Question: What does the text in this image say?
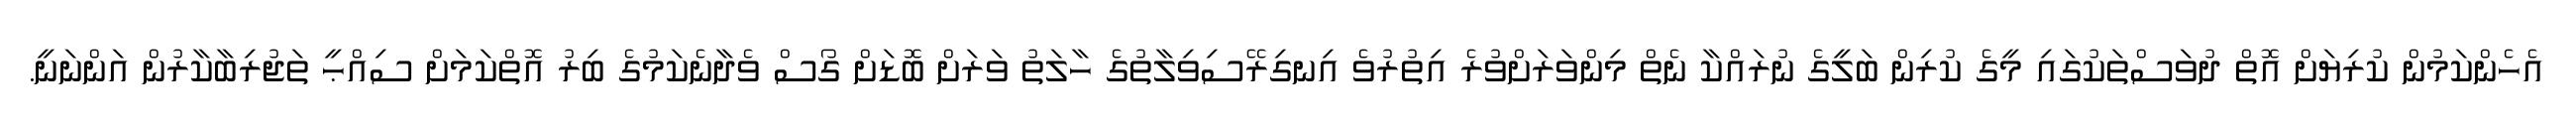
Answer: އެހެންކަމުން ކުރިޔަށް އޮތް ދުވަސްތަކުގައި މީގެ ކުރިން ބަލީގެ ނުރައްކާ ނެތް މިންވަރަށްވުރެ އިތުރުވެ އިނގިރޭސިވިލާތުގެ ހާލަތު ވަރަށް ބޮޑަށް ގޯސް ވެދާނެކަމުގެ ބިރު އޮތްކަމަށް ސިއްޙީ ތަޖުރިބާކާރުން އަންނަނީ.